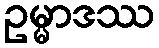
ဥမ္မာဒဿ